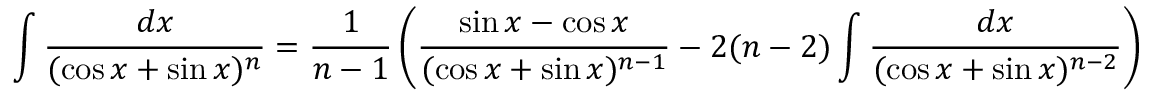
\int { \frac { d x } { ( \cos x + \sin x ) ^ { n } } } = { \frac { 1 } { n - 1 } } \left( { \frac { \sin x - \cos x } { ( \cos x + \sin x ) ^ { n - 1 } } } - 2 ( n - 2 ) \int { \frac { d x } { ( \cos x + \sin x ) ^ { n - 2 } } } \right)